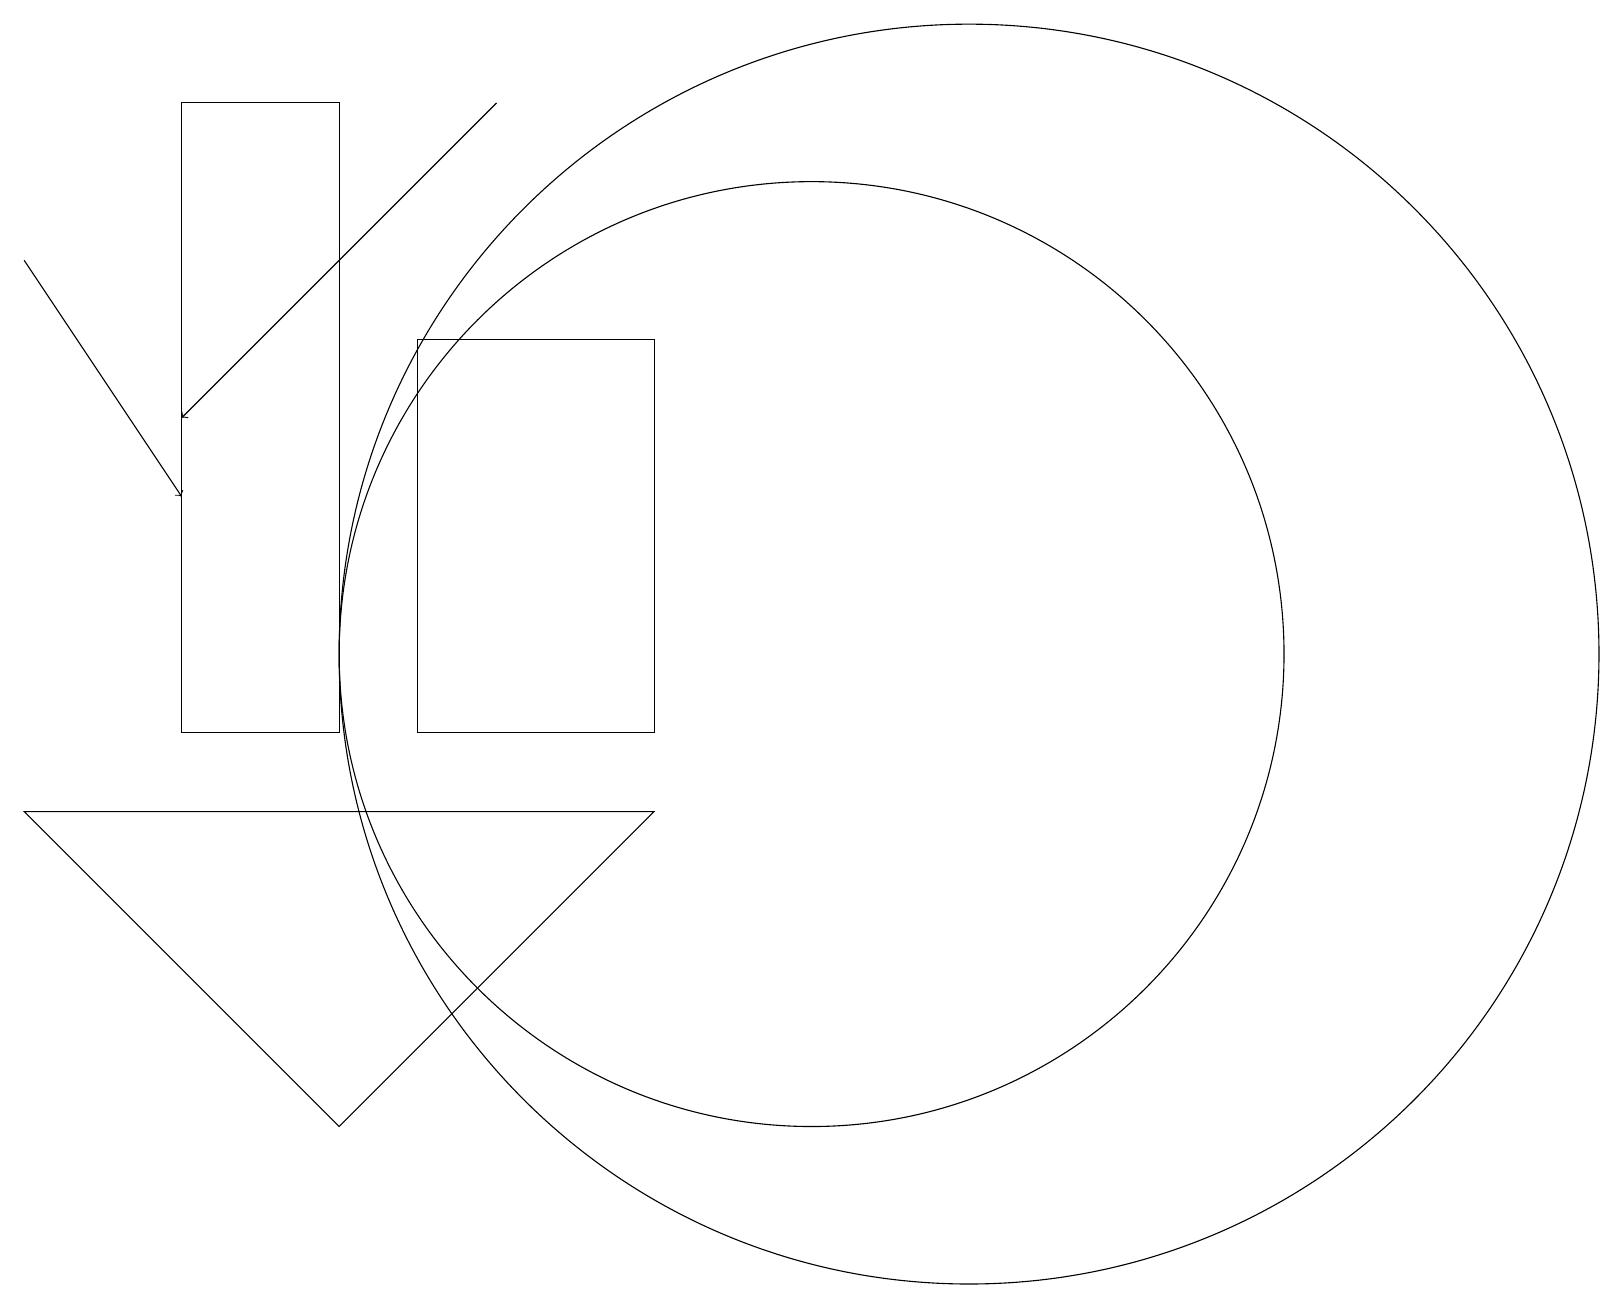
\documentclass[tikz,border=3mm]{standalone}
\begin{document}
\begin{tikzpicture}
\draw (8,9) -- (0,9) -- (4,5) -- cycle;
\draw[->] (6,18) -- (2,14);
\draw (5,10) rectangle (8,15);
\draw (12,11) circle (8);
\draw[->] (0,16) -- (2,13);
\draw (4,10) rectangle (2,18);
\draw (10,11) circle (6);
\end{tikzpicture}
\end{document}